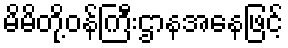
မိမိတို့ဝန်ကြီးဌာနအနေဖြင့်